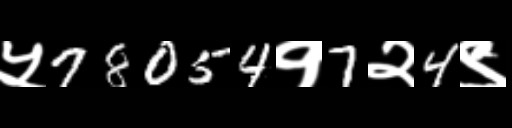
Text: ५78054१7२4९